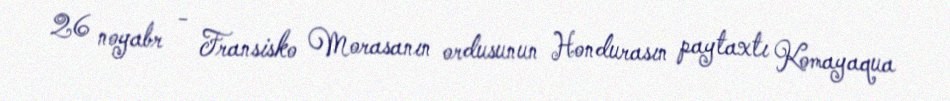
26 noyabr - Fransisko Morasanın ordusunun Hondurasın paytaxtı Komayaqua